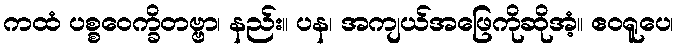
ကထံ ပစ္စဝေက္ခိတဗ္ဗာ၊ နည်း။ ပန၊ အကျယ်အဖြေကိုဆိုအံ့။ ဧဝရူပေ၊